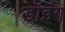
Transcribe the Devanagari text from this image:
डॉइंग